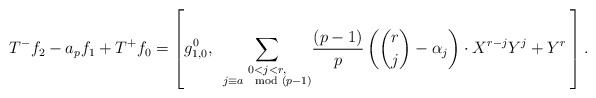
\begin{align*} T^-f_2-a_pf_1+T^+f_0=\left[g_{1,0}^0,\:\: \underset{\substack{0<j<r,\\j\equiv a\mod (p-1)}} \sum\dfrac{(p-1)}{p}\left(\binom{r}{j}-\alpha_j\right)\cdot X^{r-j}Y^j +Y^r\:\right]. \end{align*}